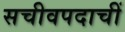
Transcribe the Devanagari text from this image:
सचीवपदाचीं